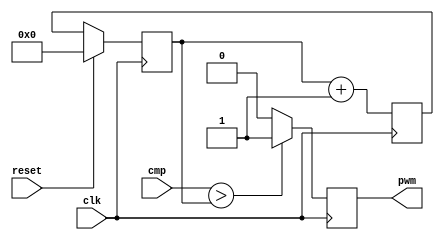
module pwm #(parameter PWM_CNT = 10)
	(
	    input clk,
	    input reset,
	    input [PWM_CNT-1:0] cmp,
	    output reg pwm
	);

	reg [PWM_CNT-1:0] cnt_a, cnt_b;
	reg pwm_out;
	
	always @(posedge clk) begin
		cnt_a = cnt_b + 1'b1;
	
	        if (cmp > cnt_b)
		    pwm <= 1'b1;
		else
		    pwm <= 1'b0;
	end
	
	always @(posedge clk) begin
	      if(reset == 1'b1) begin
		cnt_b <= 1'b0;
	     end
	     else begin
		cnt_b <= cnt_a;
	    end
	end

endmodule